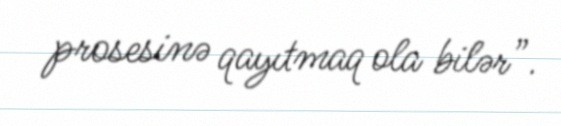
prosesinə qayıtmaq ola bilər”.